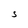
Character: S